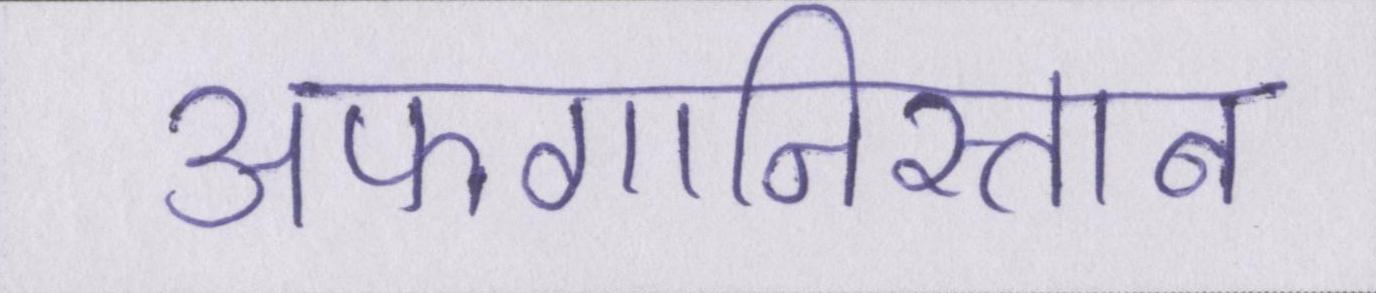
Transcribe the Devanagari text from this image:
अफगानिस्तान